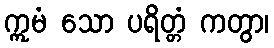
ဣမံ သော ပရိတ္တံ ကတွာ၊